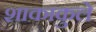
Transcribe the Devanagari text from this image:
शाकाकुले